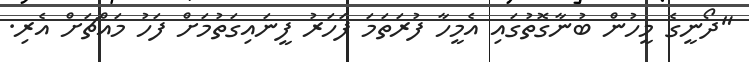
"ދޯނީގެ މީހުން ބުނާގޮތުގައި އެމީހާ ފުރަތަމަ ފަހަރު ފީނައިގަތުމަށް ފަހު މައްޗަށް އެރި.